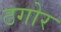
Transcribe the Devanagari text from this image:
ठगोर